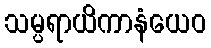
သမ္ပရာယိကာနံယေဝ